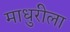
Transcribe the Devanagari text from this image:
माधुरीला